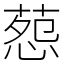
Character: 葾